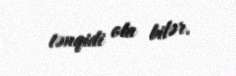
tənqidi ola bilər.